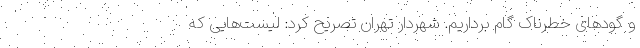
و گودهای خطرناک گام برداریم. شهردار تهران تصریح کرد: لیست‌هایی که